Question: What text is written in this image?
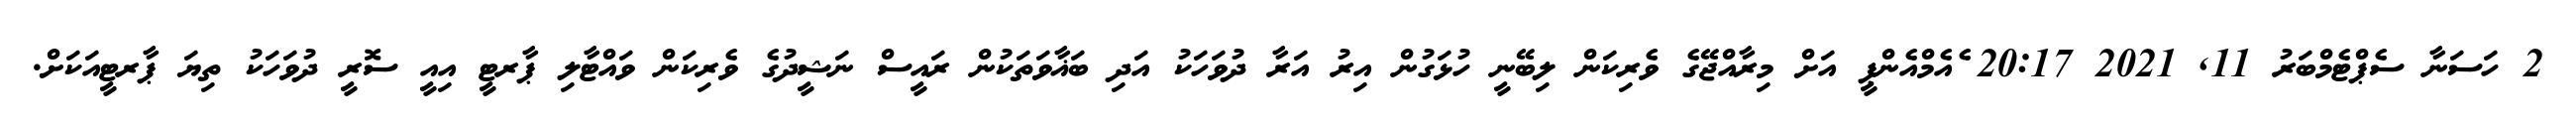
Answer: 2 ހަސަނާ ސެޕްޓެމްބަރު 11, 2021 20:17 ެއެމްއެންޕީ އަށް މިރާއްޖޭގެ ވެރިކަން ލިބޭނީ ހުޅަގުން އިރު އަރާ ދުވަހަކު އަދި ބަޣާވަތަކުން ރައީސް ނަޝީދުގެ ވެރިކަން ވައްޓާލި ޕާރޓީ އިއީ ސޮރީ ދުވަހަކު ތިޔަ ޕާރޓީއަކަށް.